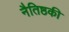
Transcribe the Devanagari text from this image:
नैतिष्ठकी